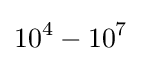
10^{4}-10^{7}